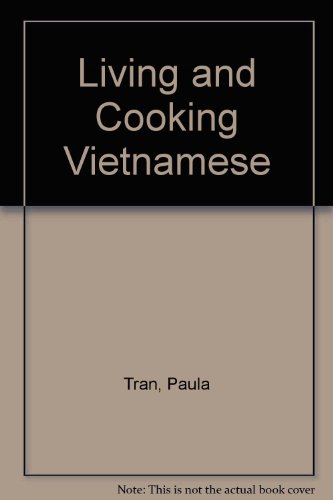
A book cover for Living and Cooking Vietnamese: An American Womans Experience; Paula Tran; Cookbooks, Food & Wine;